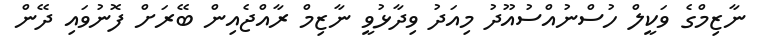
ނާޒިމްގެ ވަކީލް ހުސްނުއްސުއޫދު މިއަދު ވިދާޅުވީ ނާޒިމް ރާއްޖެއިން ބޭރަށް ފޮނުވައި ދޭން